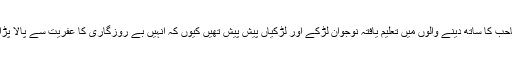
خان صاحب کا ساتھ دینے والوں میں تعلیم یافتہ نوجوان لڑکے اور لڑکیاں پیش پیش تھیں کیوں کہ انہیں بے روزگاری کا عفریت سے پالا پڑا ہوا تھا۔